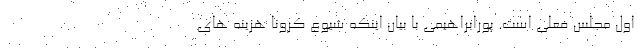
اول مجلس فعلی است. پورابراهیمی با بیان اینکه شیوع کرونا هزینه های